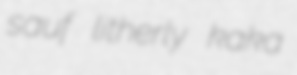
sauf litherly kaka